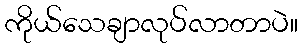
ကိုယ်သေချာလုပ်လာတာပဲ။